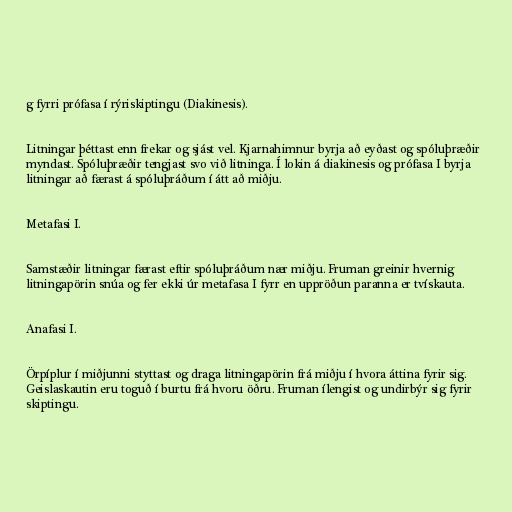
g fyrri prófasa í rýriskiptingu (Diakinesis).

Litningar þéttast enn frekar og sjást vel. Kjarnahimnur byrja að eyðast og spóluþræðir
myndast. Spóluþræðir tengjast svo við litninga. Í lokin á diakinesis og prófasa I byrja
litningar að færast á spóluþráðum í átt að miðju.

Metafasi I.

Samstæðir litningar færast eftir spóluþráðum nær miðju. Fruman greinir hvernig
litningapörin snúa og fer ekki úr metafasa I fyrr en uppröðun paranna er tvískauta.

Anafasi I.

Örpíplur í miðjunni styttast og draga litningapörin frá miðju í hvora áttina fyrir sig.
Geislaskautin eru toguð í burtu frá hvoru öðru. Fruman ílengist og undirbýr sig fyrir
skiptingu.